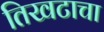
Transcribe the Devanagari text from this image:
तिखटाचा